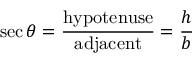
\sec \theta = { \frac { \mathrm { h y p o t e n u s e } } { \mathrm { a d j a c e n t } } } = { \frac { h } { b } }